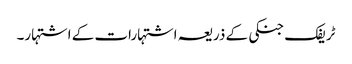
ٹریفک جنکی کے ذریعہ اشتہارات کے اشتہار۔